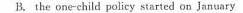
B. the one-child policy started on January